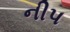
નીપ